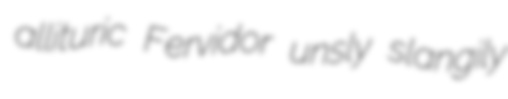
allituric Fervidor unsly slangily